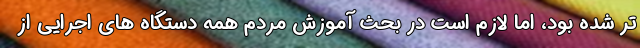
تر شده بود، اما لازم است در بحث آموزش مردم همه دستگاه های اجرایی از